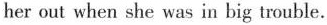
her out when she was in big trouble.